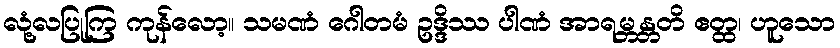
လုံ့လပြုကြ ကုန်လော့။ သမဏံ ဂေါတမံ ဥဒ္ဒိဿ ပါဏံ အာရမ္ဘန္တတိ ဧတ္ထ၊ ဟူသော